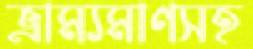
ভ্রাম্যমাণসহ